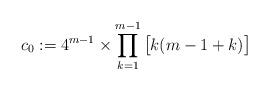
LaTeX: \begin{align*}c_0 := 4^{m-1} \times \prod^{m-1}_{k=1}\big[k(m-1+k)\big]\end{align*}